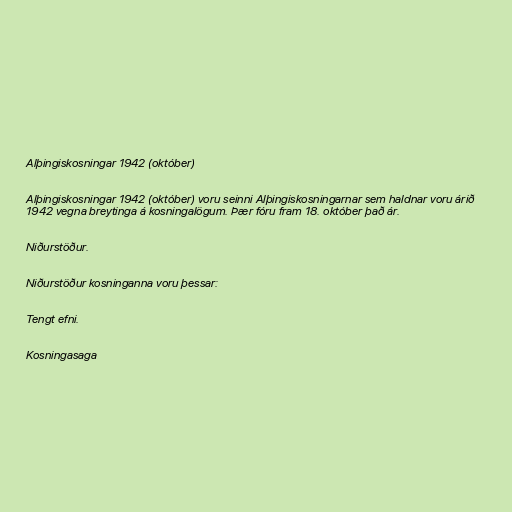
Alþingiskosningar 1942 (október)

Alþingiskosningar 1942 (október) voru seinni Alþingiskosningarnar sem haldnar voru árið
1942 vegna breytinga á kosningalögum. Þær fóru fram 18. október það ár.

Niðurstöður.

Niðurstöður kosninganna voru þessar:

Tengt efni.

Kosningasaga